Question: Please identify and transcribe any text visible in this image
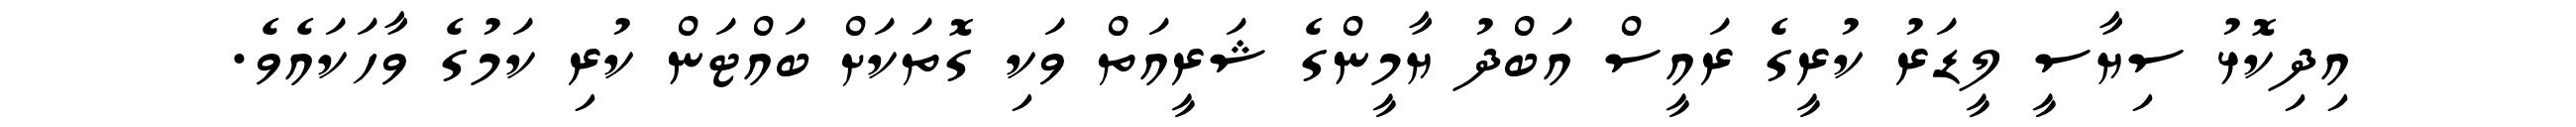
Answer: އިދިކޮޅު ސިޔާސީ ލީޑަރު ކުރީގެ ރައީސް އަބްދު ޔާމީންގެ ޝަރީއަތް ވަކި ގޮތަކަށް ބައްޓަން ކުރި ކަމުގެ ވާހަކައެވެ.